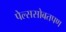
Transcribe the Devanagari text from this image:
पेल्ससोबतपण